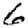
Digit: 6